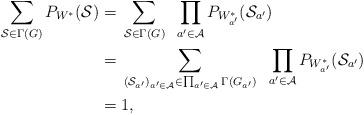
LaTeX: \begin{align*} \sum_{\mathcal{S} \in \Gamma(G)} P_{W^*}(\mathcal{S}) = & \; \sum_{\mathcal{S} \in \Gamma(G)} \;\;\prod_{a' \in \mathcal{A}} P_{W^*_{a'}}(\mathcal{S}_{a'}) \\ = & \; \sum_{(\mathcal{S}_{a'})_{a' \in \mathcal{A}} \in \prod_{a' \in \mathcal{A}} \Gamma(G_{a'})} \;\; \prod_{a' \in \mathcal{A}}P_{W^*_{a'}}(\mathcal{S}_{a'}) \\ = & \; 1, \end{align*}